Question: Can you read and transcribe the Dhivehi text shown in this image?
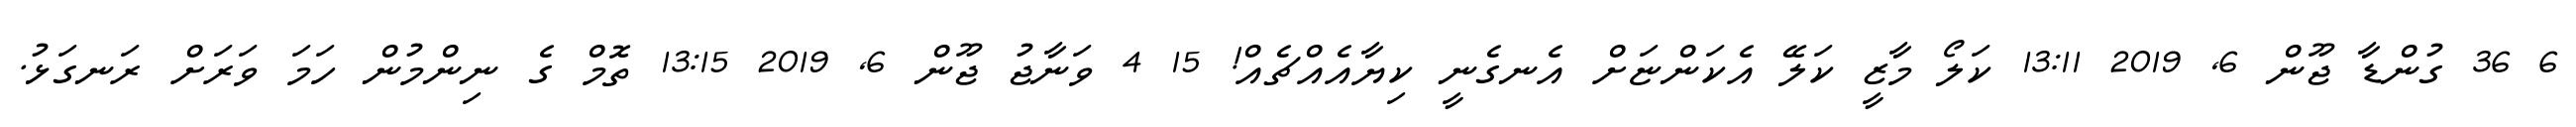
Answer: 6 36 ގުންޑާ ޖޫން 6, 2019 13:11 ކަލޯ މާޒީ ކަލޭ އެކަންޏަށް އެނގެނީ ކިޔާއެއްޗެއް! 15 4 ވަނާޖު ޖޫން 6, 2019 13:15 ތޮމް ގެ ނިންމުން ހަމަ ވަރަށް ރަނގަޅު.